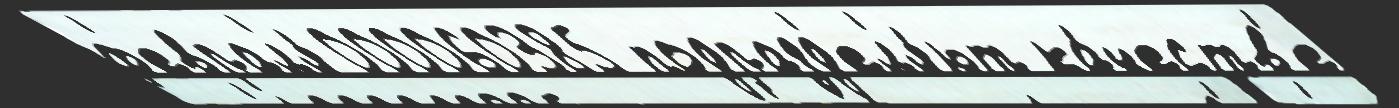
ф'еврал'я́ 000060385 подразд'ел'я́ют ка́честв'е